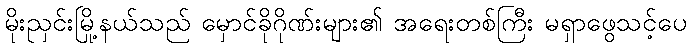
မိုးညှင်းမြို့နယ်သည် မှောင်ခိုဂိုဏ်းများ၏ အရေးတစ်ကြီး မရှာဖွေသင့်ပေ